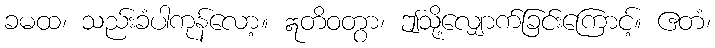
ခမထ၊ သည်းခံပါကုန်လော့။ ဣတိဝတွာ၊ ဤသို့လျှောက်ခြင်းကြောင့်။ ဧတံ၊